Civil Veterinary Department. United Provinces 1923-31 - 1923-1931
Year: 1923
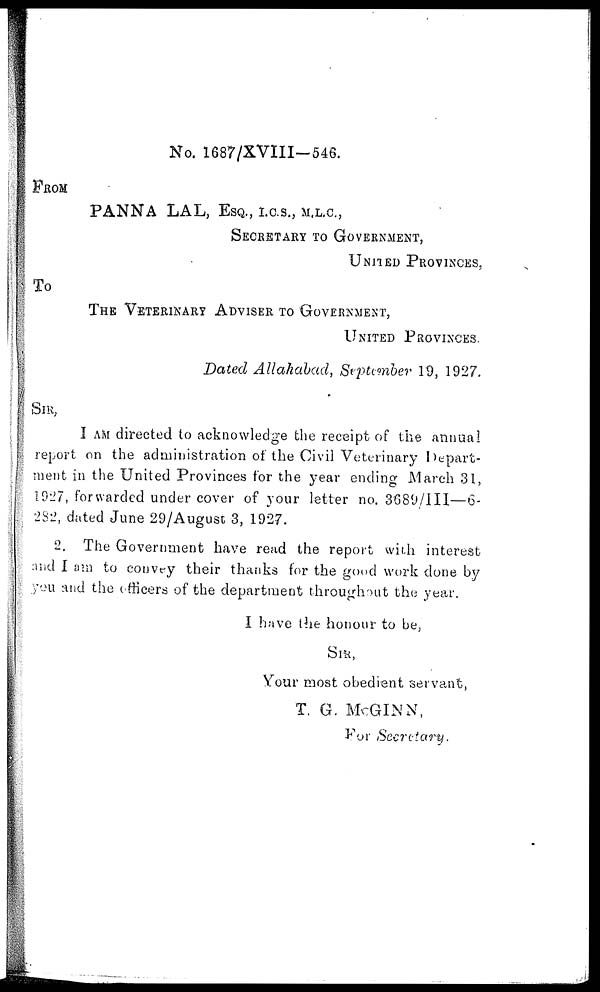
No. 1687/XVIII—546.
FROM
PANNA LAL, ESQ., I.C.S., M.L.C.,
SECRETARY TO GOVERNMENT,
UNITED PROVINCES,
To
THE VETERINARY ADVISER TO GOVERNMENT,
UNITED PROVINCES.
Dated Allahabad, September 19, 1927.
SIR,
I AM directed to acknowledge the receipt of the annual
report on the administration of the Civil Veterinary depart-
ment in the United Provinces for the year ending March 31,
1927, forwarded under cover of your letter no. 3689/III—6-
282, dated June 29/August 3, 1927.
2, The Government have read the report with interest
and I am to convey their thanks for the good work done by
you and the officers of the department throughout the year.
I have the honour to be,
SIR,
Your most obedient servant,
T. G. McGINN,
For Secretary.